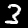
Label: 3